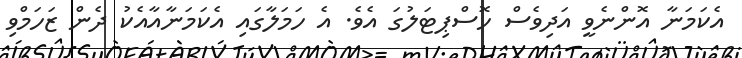
އެކަމަނާ އޮންނެވީ އަދިވެސް ހޮސްޕިޓަލުގަ އެވެ. އެ ހަމަލާގައި އެކަމަނާއާއެކު ދެން ޒަހަމްވި